Regulations for the medical services of the Army of India
Year: 1930
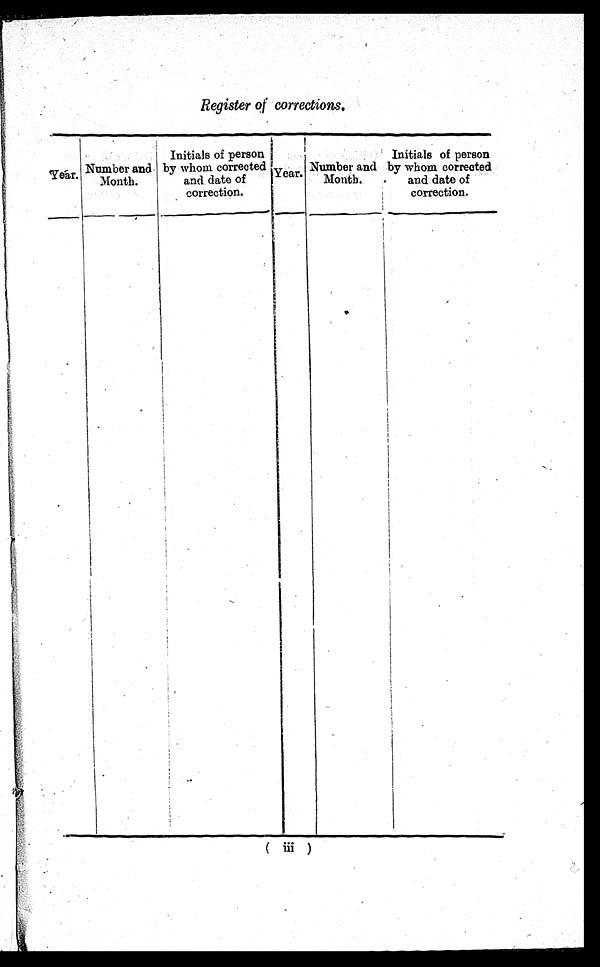
Register of corrections.
Year. Number and
Month.
Initials of person
by whom correcte
d and date of
correction.
Year. Number and
Month.
Initials of person
by whom corrected
and date of
correction.
( iii )